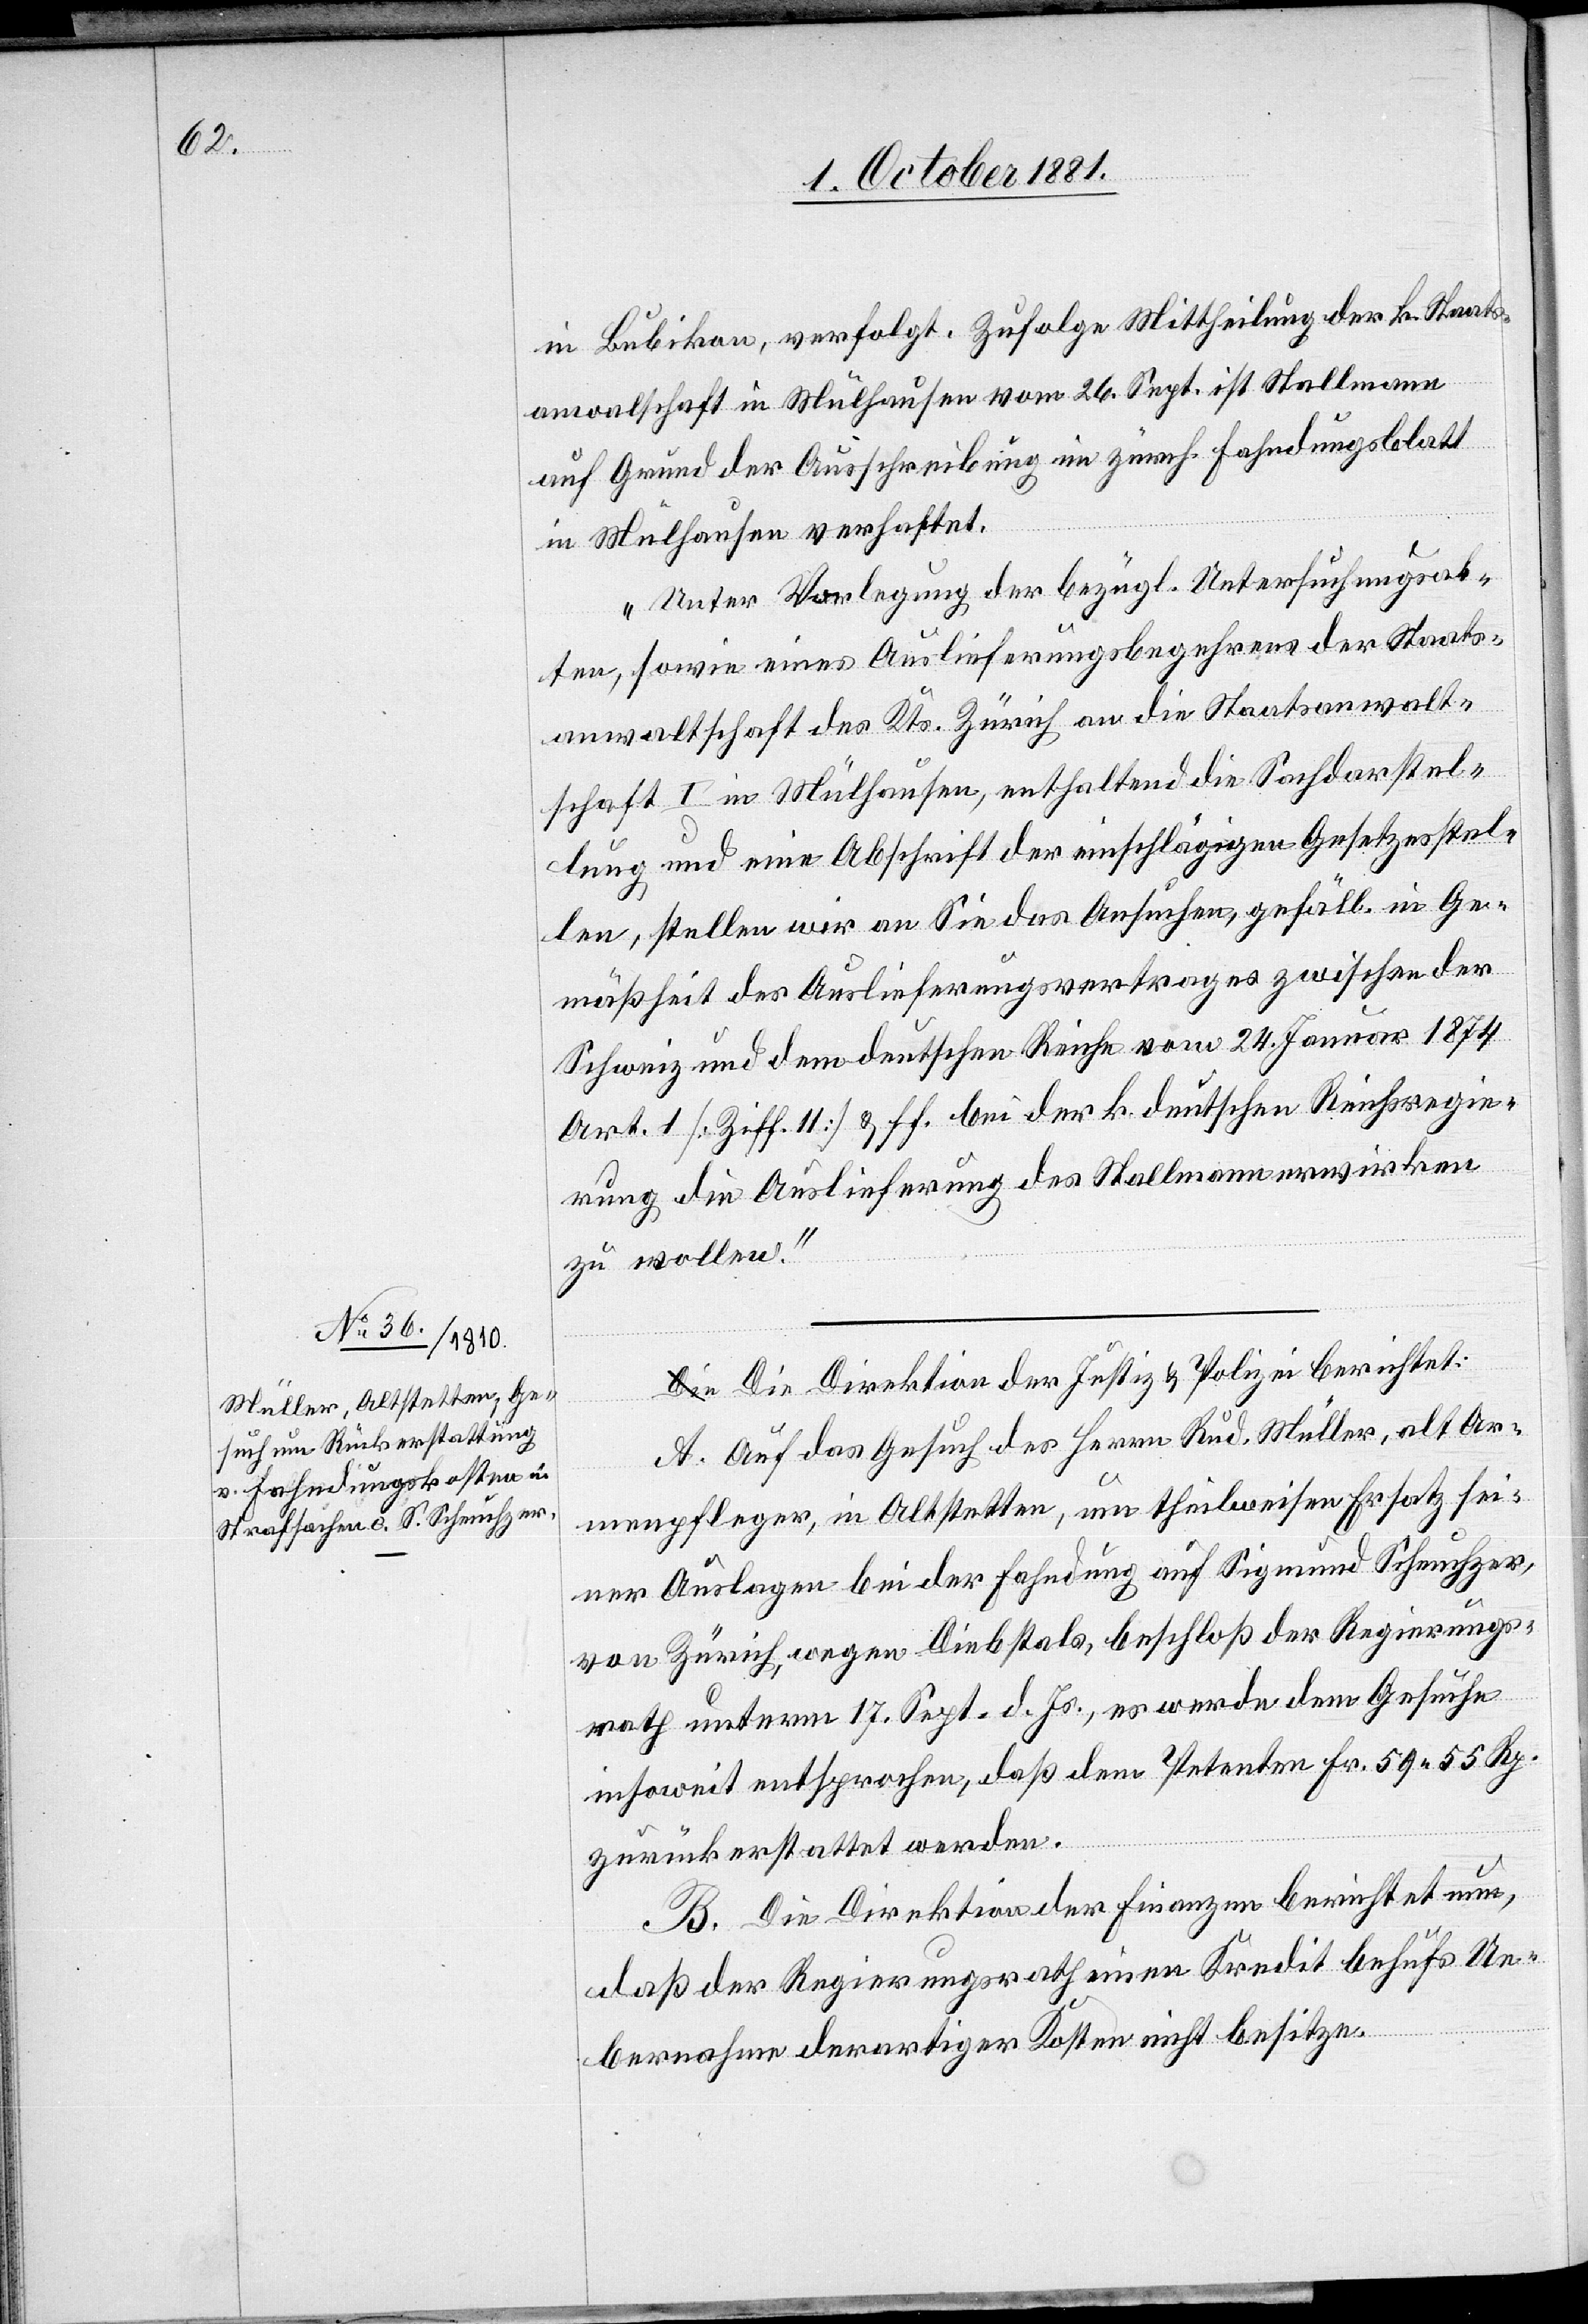
in Bubikon, verfolgt. Zufolge Mittheilung der k. Staats¬
anwaltschaft in Mülhausen vom 26. Sept. ist Stallmann
auf Grund der Ausschreibung im zürch. Fahndungsblatt
in Mülhausen verhaftet.
Unter Vorlegung der bezügl. Untersuchungsak¬
ten, sowie eines Auslieferungsbegehrens der Staats¬
anwaltschaft des Kts. Zürich an die Staatsanwalt¬
schaft I in Mülhausen, enthaltend die Sachdarstel¬
lung und eine Abschrift der einschlägigen Gesetzesstel¬
len, stellen wir an Sie das Ansuchen, gefäll. in Ge¬
mäßheit des Auslieferungsvertrages zwischen der
Schweiz und dem deutschen Reiche vom 24. Januar 1874
Art. 1 [Ziff. 11] & ff. bei der k. deutschen Reichsregie¬
rung die Auslieferung des Stallmann erwirken
zu wollen.“
Die Direktion der Justiz & Polizei berichtet:
A. Auf das Gesuch des Herrn Rud. Müller, alt Ar¬
menpfleger, in Altstetten, um theilweisen Ersatz sei¬
ner Auslagen bei der Fahndung auf Sigmund Scheuchzer,
von Zürich, wegen Diebstals, beschloß der Regierungs¬
rath unterm 17. Sept. d. Js., es werde dem Gesuche
insoweit entsprochen, daß dem Petenten Fr. 59 55 Rp.
zurückerstattet werden.
B. Die Direktion der Finanzen berichtet nun,
daß der Regierungsrath einen Kredit behufs Ue¬
bernahme derartiger Kosten nicht besitze.